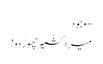
- وجود
میرا کشمیر چھوڑ دو!